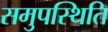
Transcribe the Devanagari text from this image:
समुपस्थिति